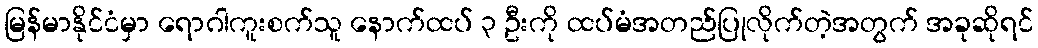
မြန်မာနိုင်ငံမှာ ရောဂါကူးစက်သူ နောက်ထပ် ၃ ဦးကို ထပ်မံအတည်ပြုလိုက်တဲ့အတွက် အခုဆိုရင်